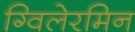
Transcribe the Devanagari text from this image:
ग्विलेरमिन